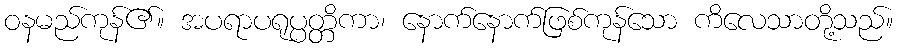
ဝနမည်ကုန်၏။ အပရာပရုပ္ပတ္တိကာ၊ နောက်နောက်ဖြစ်ကုန်သော ကိလေသာတို့သည်။